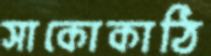
সাকোকাঠি